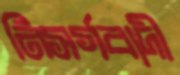
নিসর্গবাদী